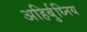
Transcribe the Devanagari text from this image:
अहिर्बुध्निय